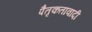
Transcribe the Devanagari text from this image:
पैतृकतावादी